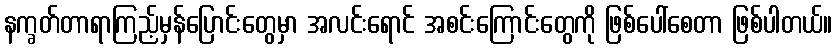
နက္ခတ်တာရာကြည့်မှန်ပြောင်းတွေမှာ အလင်းရောင် အစင်းကြောင်းတွေကို ဖြစ်ပေါ်စေတာ ဖြစ်ပါတယ်။